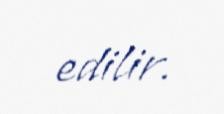
edilir.